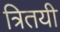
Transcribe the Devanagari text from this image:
त्रितयी